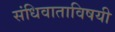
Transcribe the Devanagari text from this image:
संधिवाताविषयी